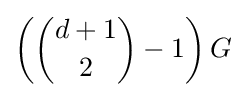
\left({d+1 \choose 2}-1\right)G